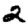
Digit: 2